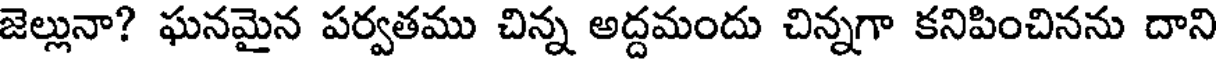
జెల్లునా? ఘనమైన పర్వతము చిన్న అద్దమందు చిన్నగా కనిపించినను దాని